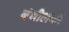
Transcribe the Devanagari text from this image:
बंधीलकी